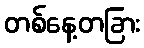
တစ်နေ့တခြား